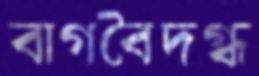
বাগবৈদগ্ধ